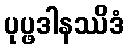
ပုပ္ဖဒါနဿိဒံ